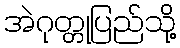
အဲဂုတ္တုပြည်သို့